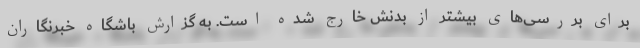
برای بررسی‌های بیشتر از بدنش خارج شده است. به گزارش باشگاه خبرنگاران